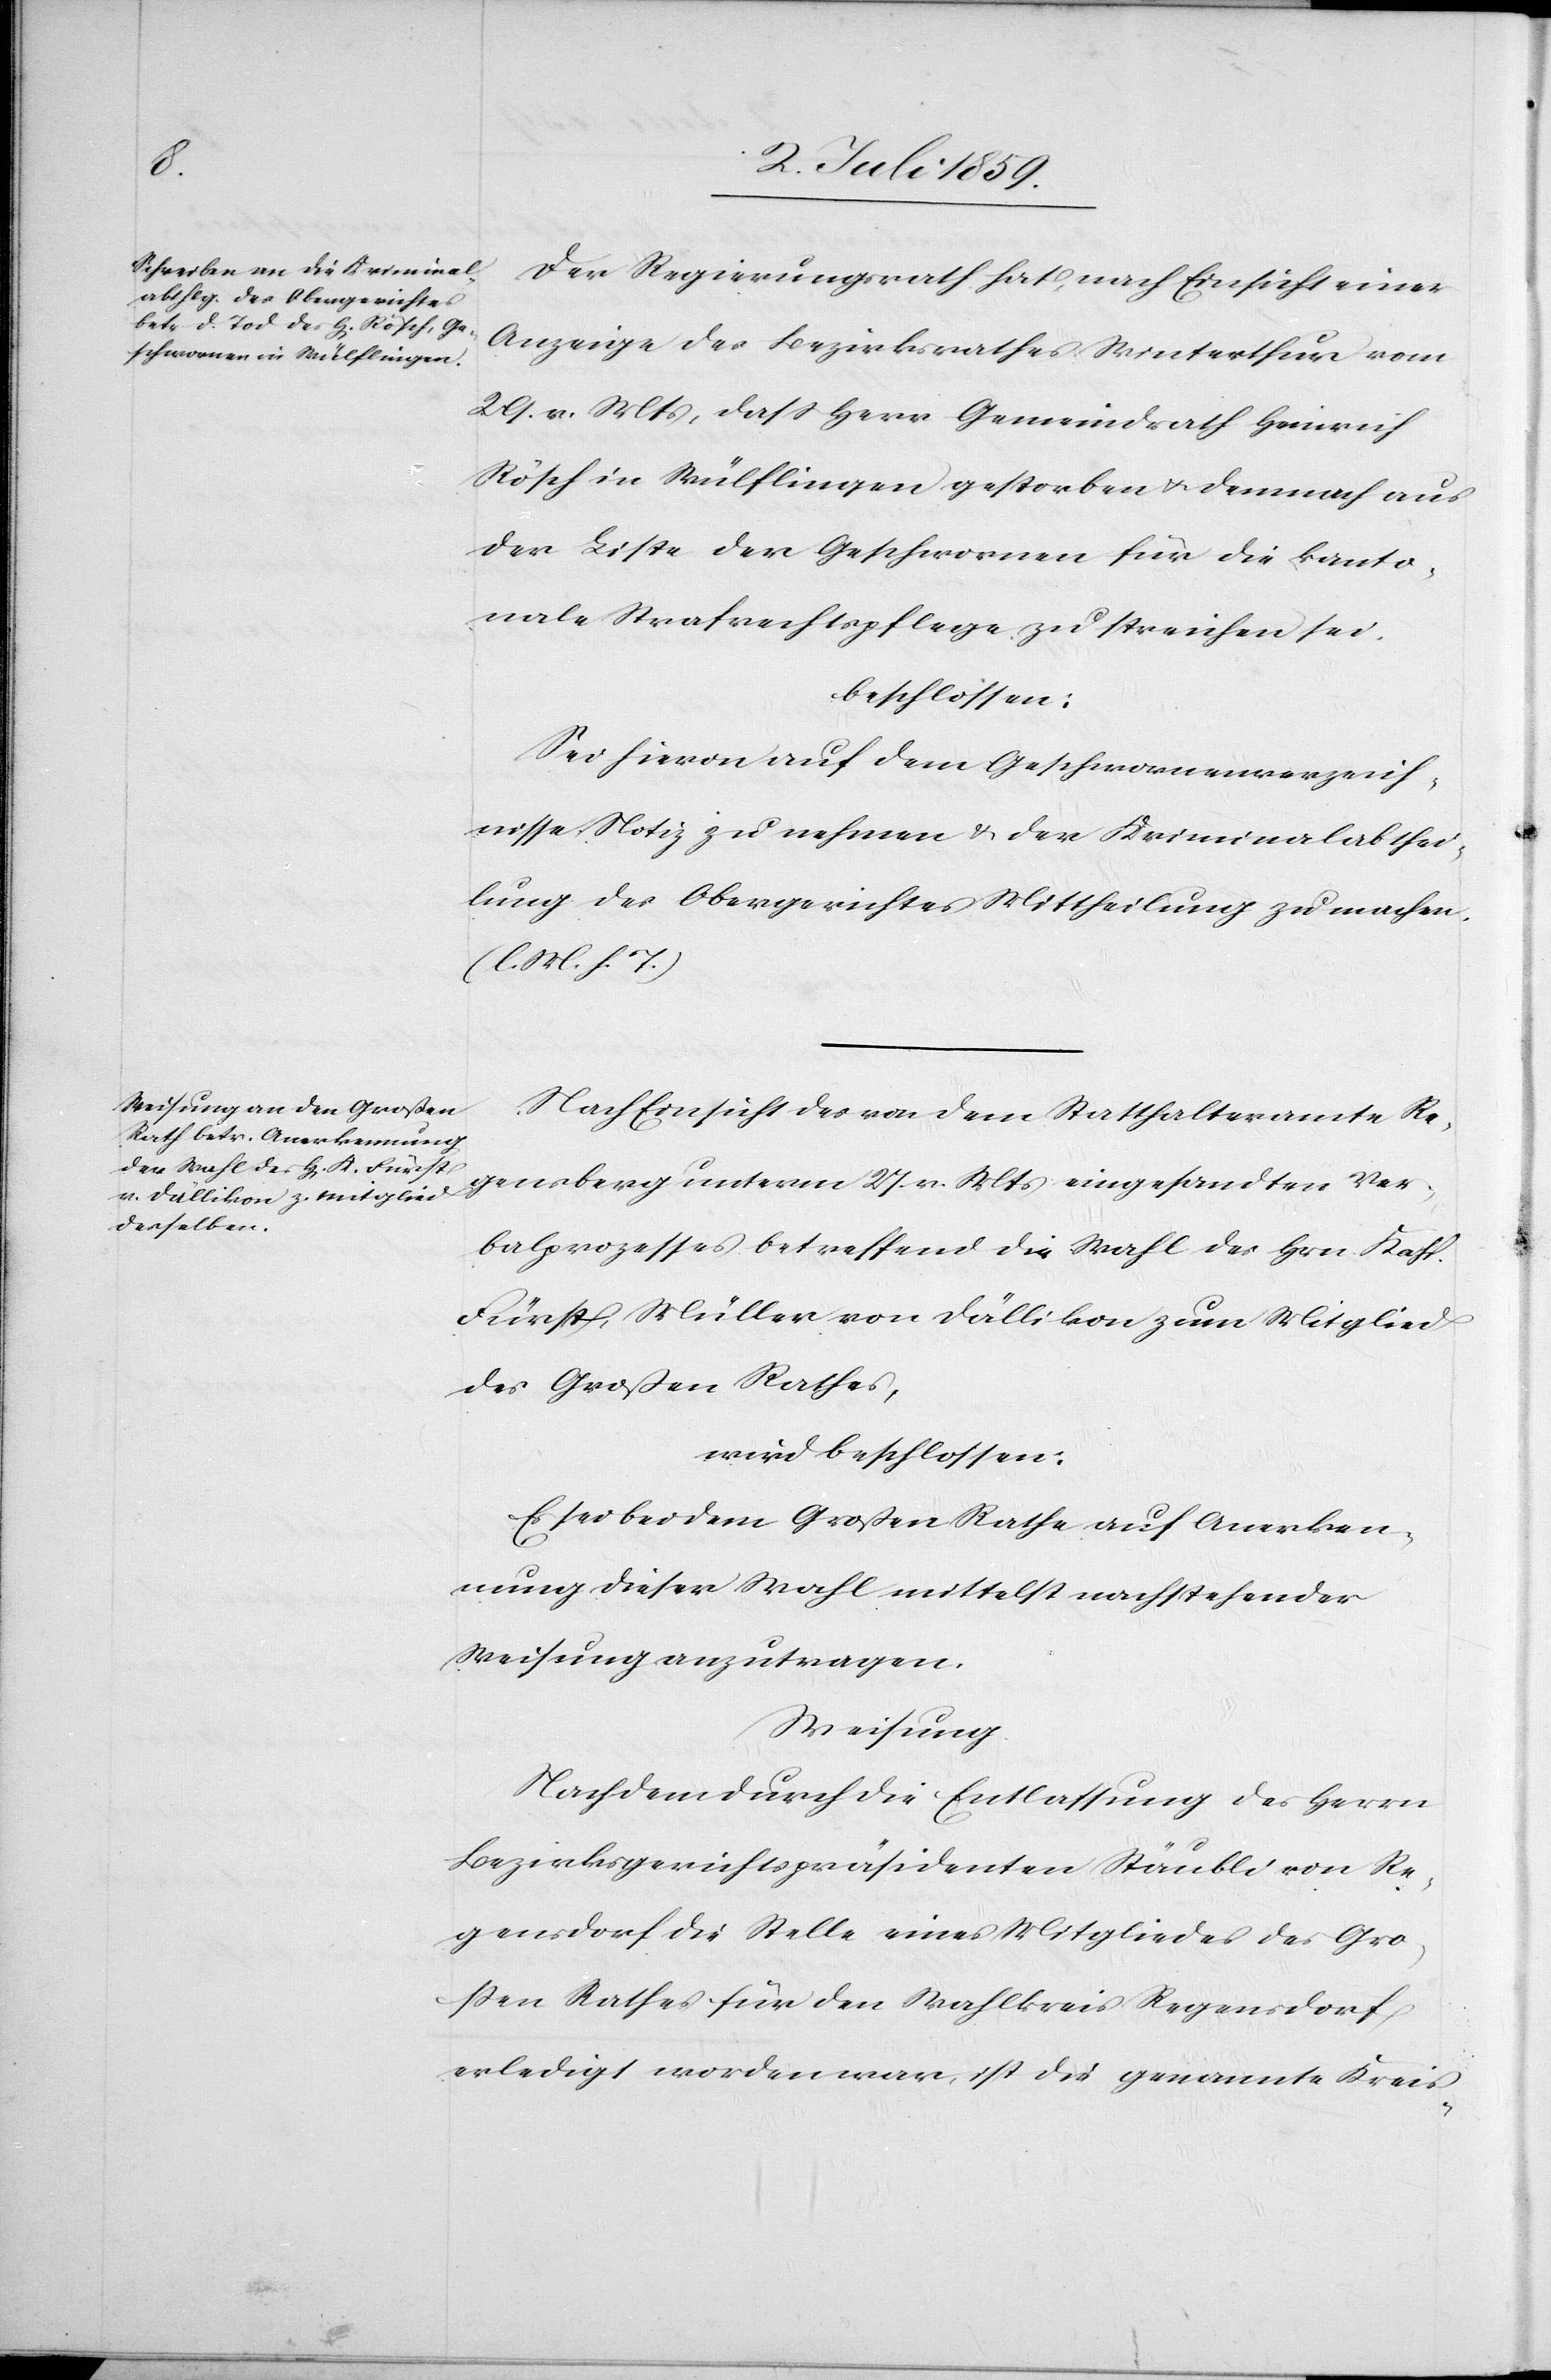
Der Regierungsrath hat, nach Einsicht einer
Anzeige des Bezirksrathes Winterthur vom
29. v. Mts, dass Herr Gemeindrath Heinrich
Rösch in Wülflingen gestorben u. demnach aus
der Liste der Geschwornen für die kanto¬
nale Strafrechtspflege zu streichen sei,
beschlossen:
Sei hievon auf dem Geschwornenverzeich¬
nisse Notiz zu nehmen u. der Kriminalabthei¬
lung des Obergerichtes Mittheilung zu machen.
(l. M. h. T.)
Nach Einsicht des von dem Statthalteramte Re¬
gensberg unterm 27. v. Mts eingesandten Ver¬
balprozesses betreffend die Wahl des Hrn. Kasp.
Fürst, Müller von Dällikon zum Mitglied
des Grossen Rathes,
wird beschlossen:
Es sei bei dem Grossen Rathe auf Anerken¬
nung dieser Wahl mittelst nachstehender
Weisung anzutragen.
Weisung
Nachdem durch die Entlassung der Herrn
Bezirksgerichtspräsidenten Stäuble von Re¬
gensdorf die Stelle eines Mitgliedes des Gros¬
sen Rathes für den Wahlkreis Regensdorf
erledigt worden war, ist die genannte Kreis-